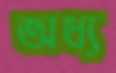
অধ্য